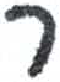
אות: ר